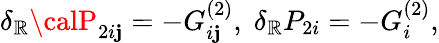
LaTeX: \delta_{\mathbb{R}}{\calP}_{2i\mathbf{j}}=-G_{i\mathbf{j}}^{(2)},\; \delta_{\mathbb{R}}P_{2i}=-G_{i}^{(2)},